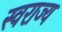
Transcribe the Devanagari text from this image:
स्‍वराज्य